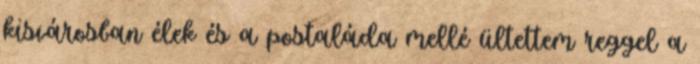
kisvárosban élek és a postaláda mellé ültettem reggel a